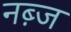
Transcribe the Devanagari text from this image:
नब़्ज